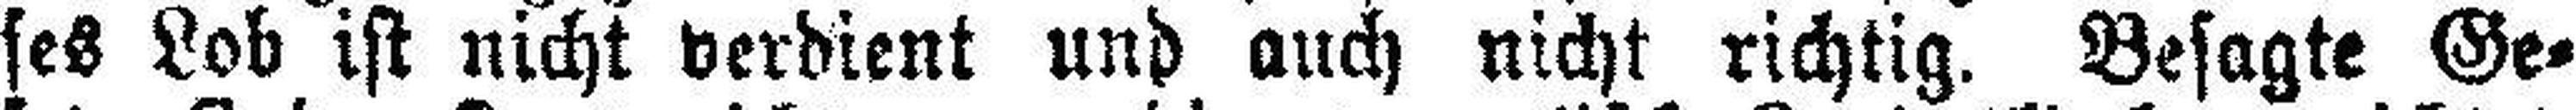
ses Lob ist nicht verdient und auch nicht richtig. Besagte Ge¬